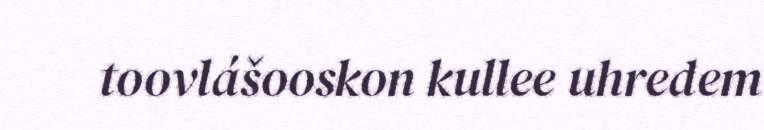
toovlášooskon kullee uhredem